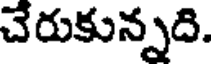
చేరుకున్నది.